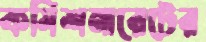
কমিশনারেটের